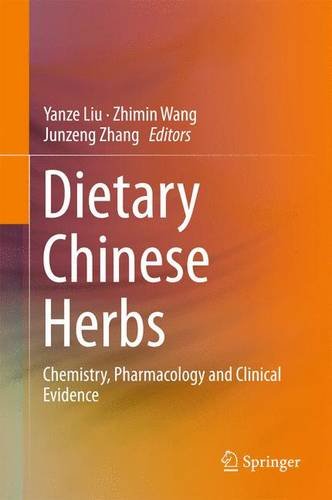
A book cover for Dietary Chinese Herbs: Chemistry, Pharmacology and Clinical Evidence; Science & Math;